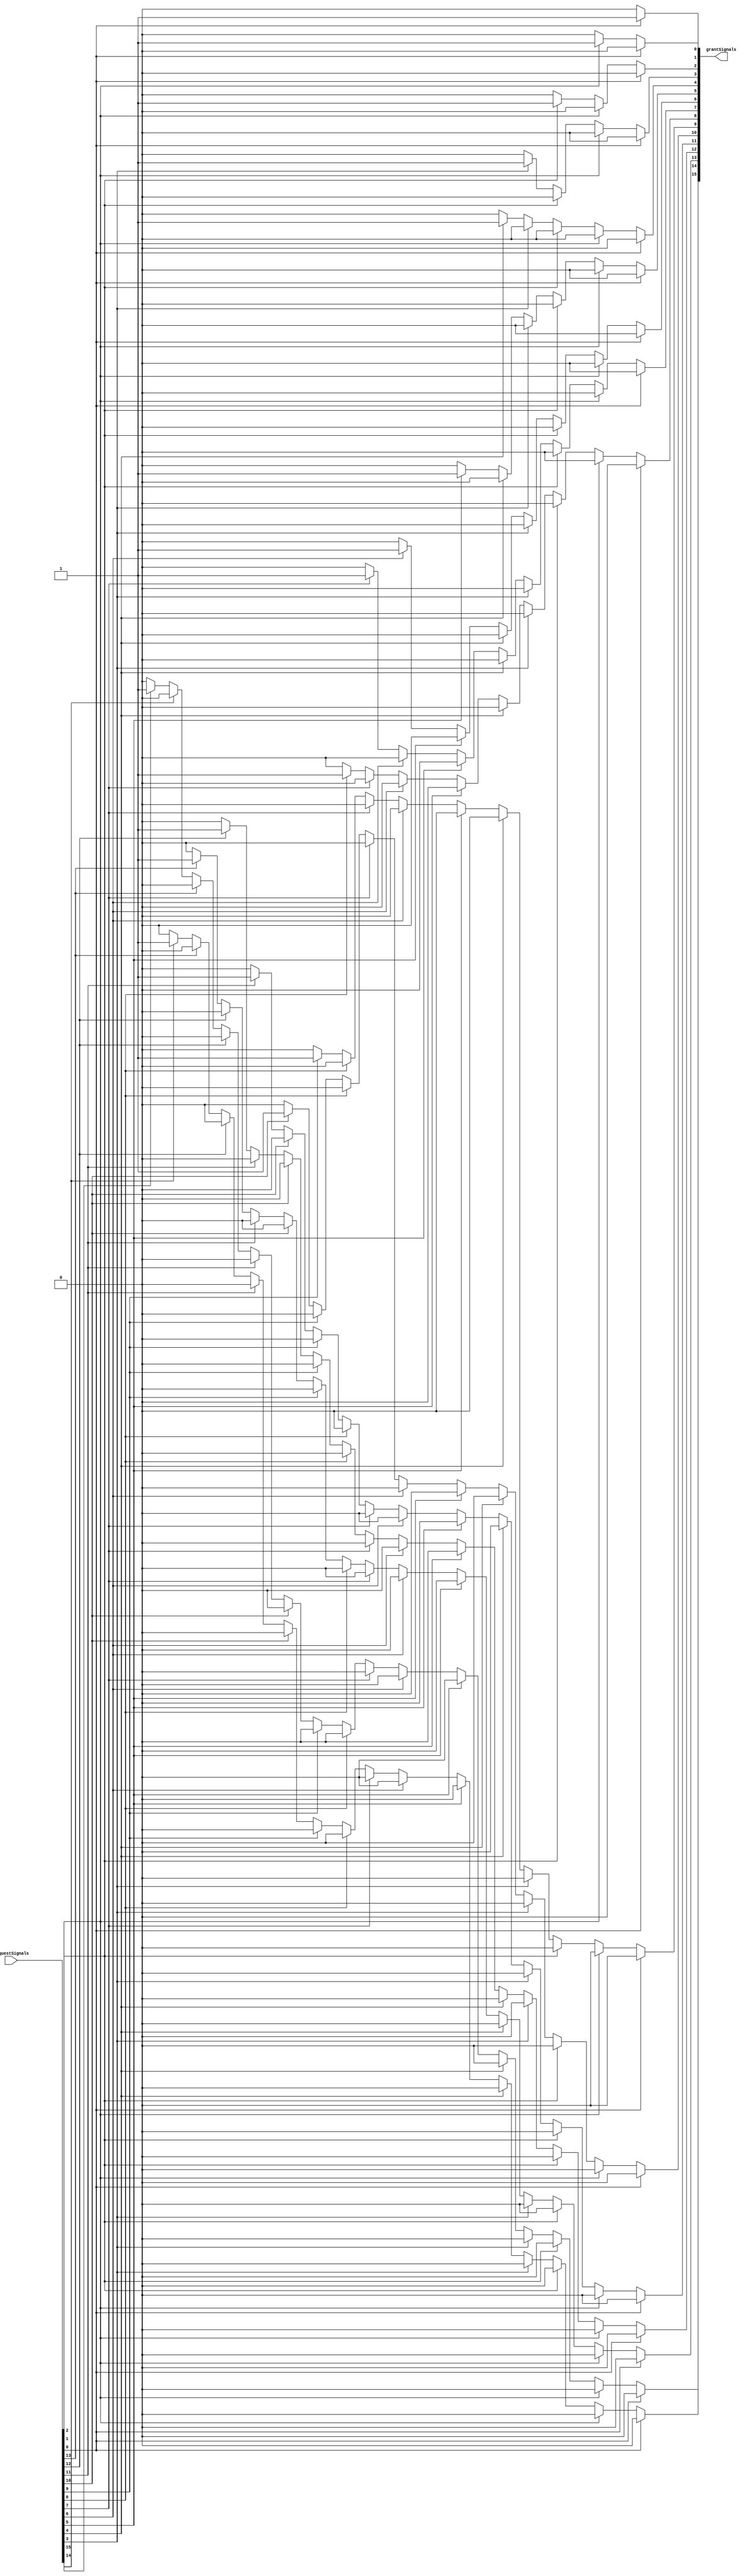
`timescale 1ns/1ps
// priority resolver.v

module PriorityResolver(
	input [15:0] requestSignals,
	output reg [15:0] grantSignals
);

	always@(*)
	begin
		grantSignals <= 16'b0000_0000_0000_0000;
		if(requestSignals[0] == 1'b1) grantSignals[0] <= 1'b1;
		else if (requestSignals[1] == 1'b1) grantSignals[1] <= 1'b1;
		else if (requestSignals[2] == 1'b1) grantSignals[2] <= 1'b1;
		else if (requestSignals[3] == 1'b1) grantSignals[3] <= 1'b1;
		else if (requestSignals[4] == 1'b1) grantSignals[4] <= 1'b1;
		else if (requestSignals[5] == 1'b1) grantSignals[5] <= 1'b1;
		else if (requestSignals[6] == 1'b1) grantSignals[6] <= 1'b1;
		else if (requestSignals[7] == 1'b1) grantSignals[7] <= 1'b1;
		else if (requestSignals[8] == 1'b1) grantSignals[8] <= 1'b1;
		else if (requestSignals[9] == 1'b1) grantSignals[9] <= 1'b1;
		else if (requestSignals[10] == 1'b1) grantSignals[10] <= 1'b1;
		else if (requestSignals[11] == 1'b1) grantSignals[11] <= 1'b1;
		else if (requestSignals[12] == 1'b1) grantSignals[12] <= 1'b1;
		else if (requestSignals[13] == 1'b1) grantSignals[13] <= 1'b1;
		else if (requestSignals[14] == 1'b1) grantSignals[14] <= 1'b1;
		else if (requestSignals[15] == 1'b1) grantSignals[15] <= 1'b1;
		/*
		case(requestSignals)
			
			16'bXXXX_XXXX_XXXX_XXX1: grantSignals = 16'b0000_0000_0000_0001;
			16'bXXXX_XXXX_XXXX_XX10: grantSignals = 16'b0000_0000_0000_0010;
			16'bXXXX_XXXX_XXXX_X100: grantSignals = 16'b0000_0000_0000_0100;
			16'bXXXX_XXXX_XXXX_1000: grantSignals = 16'b0000_0000_0000_1000;
			16'bXXXX_XXXX_XXX1_0000: grantSignals = 16'b0000_0000_0001_0000;
			16'bXXXX_XXXX_XX10_0000: grantSignals = 16'b0000_0000_0010_0000;
			16'bXXXX_XXXX_X100_0000: grantSignals = 16'b0000_0000_0100_0000;
			16'bXXXX_XXXX_1000_0000: grantSignals = 16'b0000_0000_1000_0000;
			16'bXXXX_XXX1_0000_0000: grantSignals = 16'b0000_0001_0000_0000;
			16'bXXXX_XX10_0000_0000: grantSignals = 16'b0000_0010_0000_0000;
			16'bXXXX_X100_0000_0000: grantSignals = 16'b0000_0100_0000_0000;
			16'bXXXX_1000_0000_0000: grantSignals = 16'b0000_1000_0000_0000;
			16'bXXX1_0000_0000_0000: grantSignals = 16'b0001_0000_0000_0000;
			16'bXX10_0000_0000_0000: grantSignals = 16'b0010_0000_0000_0000;
			16'bX100_0000_0000_0000: grantSignals = 16'b0100_0000_0000_0000;
			16'b1000_0000_0000_0000: grantSignals = 16'b1000_0000_0000_0000;
			default: grantSignals = 16'b0000_0000_0000_0000;
		endcase
		*/
	end

endmodule